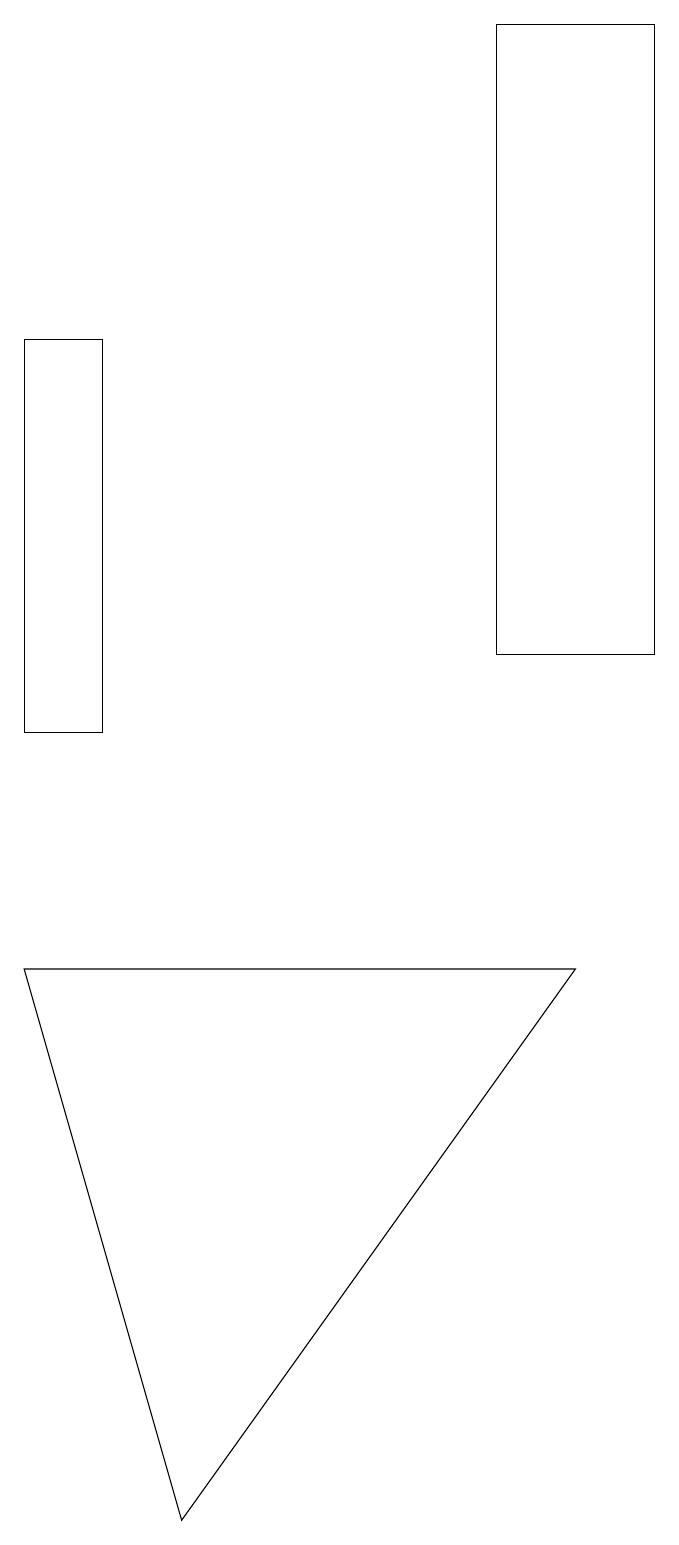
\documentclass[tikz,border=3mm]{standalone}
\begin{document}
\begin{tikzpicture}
\draw (7,19) rectangle (9,11);
\draw (1,7) -- (8,7) -- (3,0) -- cycle;
\draw (1,15) rectangle (2,10);
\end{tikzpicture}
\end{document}